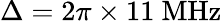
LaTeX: \Delta=2\pi\times 11~\mathrm{{MHz}}